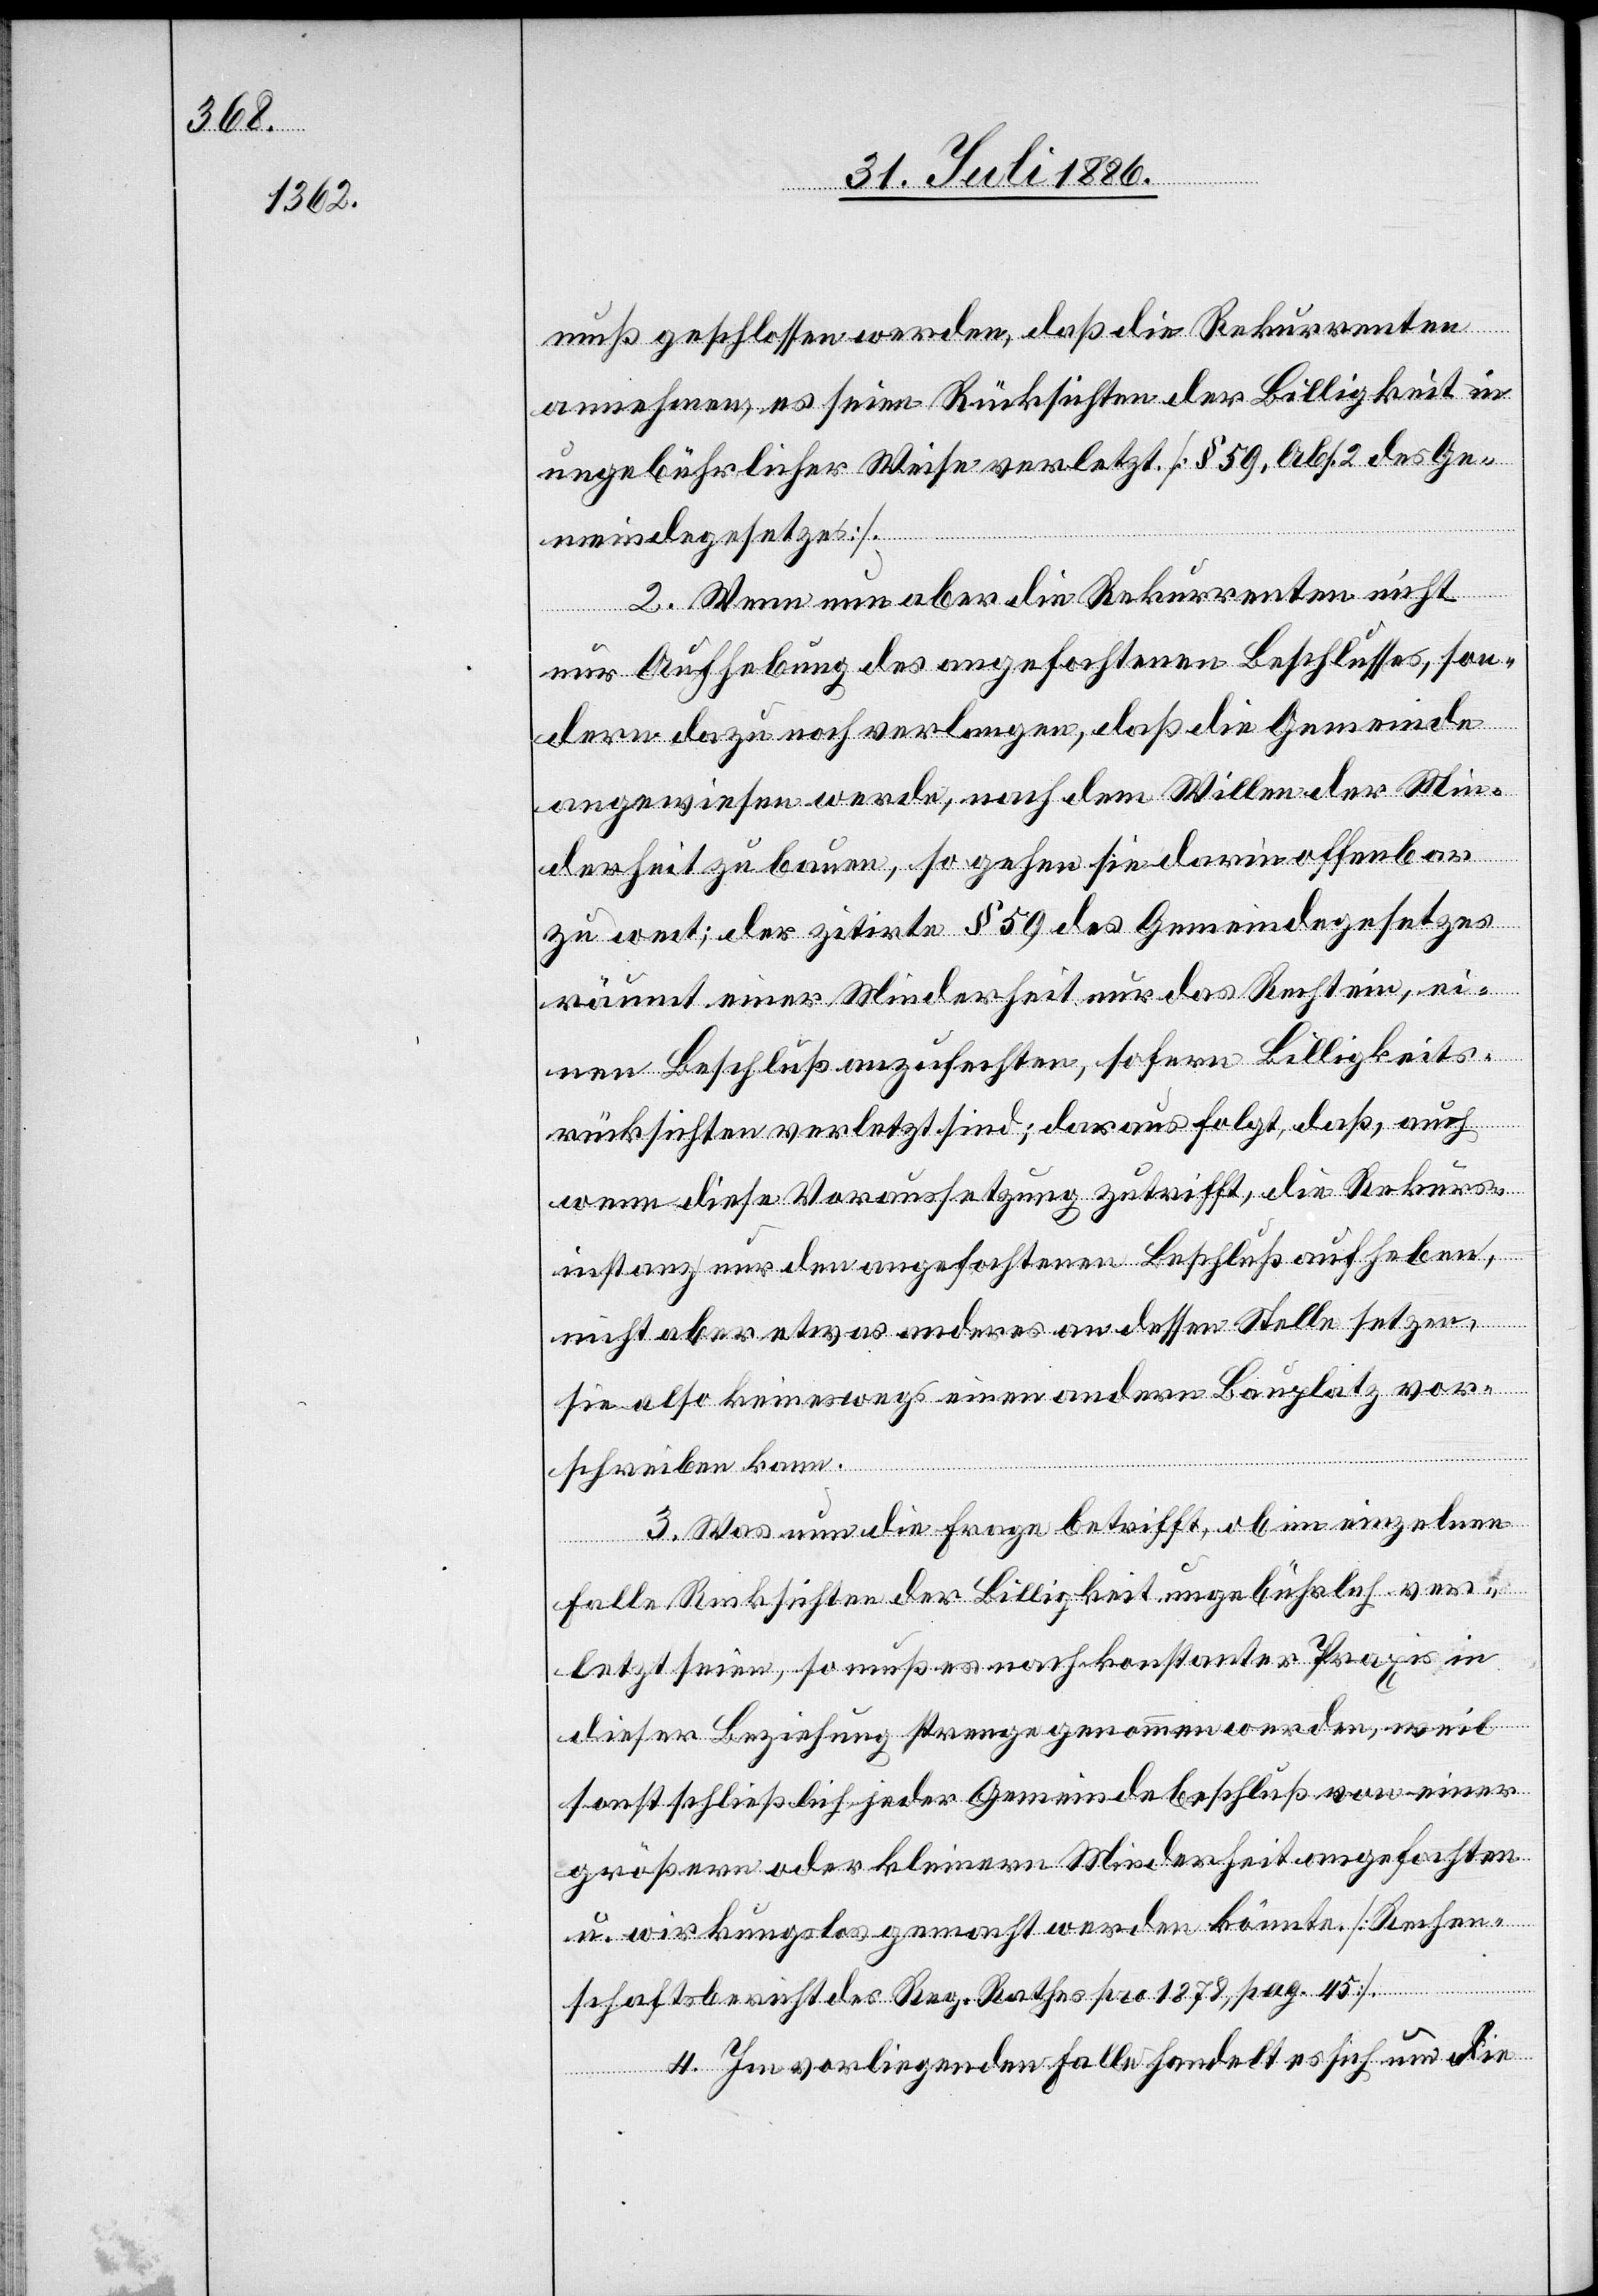
muß geschlossen werden, daß die Rekurrenten
annehmen, es seien Rücksichten der Billigkeit in
ungebührlicher Weise verletzt. [§ 59, Abs. 2 des Ge¬
meindegesetzes].
2. Wenn nun aber die Rekurrenten nicht
nur Aufhebung des angefochtenen Beschlusses, son¬
dern dazu noch verlangen, daß die Gemeinde
angewiesen werde, nach dem Willen der Min¬
derheit zu bauen, so gehen sie darin offenbar
zu weit; der zitirte § 59 des Gemeindegesetzes
räumt einer Minderheit nur das Recht ein, ei¬
nen Beschluß anzufechten, sofern Billigkeits¬
rücksichten verletzt sind; daraus folgt, daß, auch
wenn diese Voraussetzung zutrifft, die Rekurs¬
instanz nur den angefochtenen Beschluß aufheben,
nicht aber etwas anderes an dessen Stelle setzen,
sie also keineswegs einen andern Bauplatz vor¬
schreiben kann.
3. Was nun die Frage betrifft, ob im einzelnen
Falle Rücksichten der Billigkeit ungebührlich ver¬
letzt seien, so muß es nach konstanter Praxis in
dieser Beziehung strenge genommen werden, weil
sonst schließlich jeder Gemeindebeschluß von einer
größern oder kleinern Minderheit angefochten
u. wirkungslos gemacht werden könnte. [Rechen¬
schaftsbericht des Reg. Rathes pro 1878, pag. 45].
4. Im vorliegenden Falle handelt es sich um die